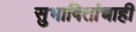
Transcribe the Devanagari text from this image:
सुभाषितांचाही